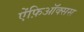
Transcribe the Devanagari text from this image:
ऐंफ़िऑक्सस